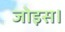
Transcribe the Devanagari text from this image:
जोइस।